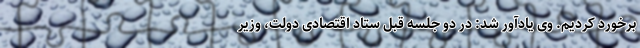
برخورد کردیم. وی یادآور شد: در دو جلسه قبل ستاد اقتصادی دولت، وزیر